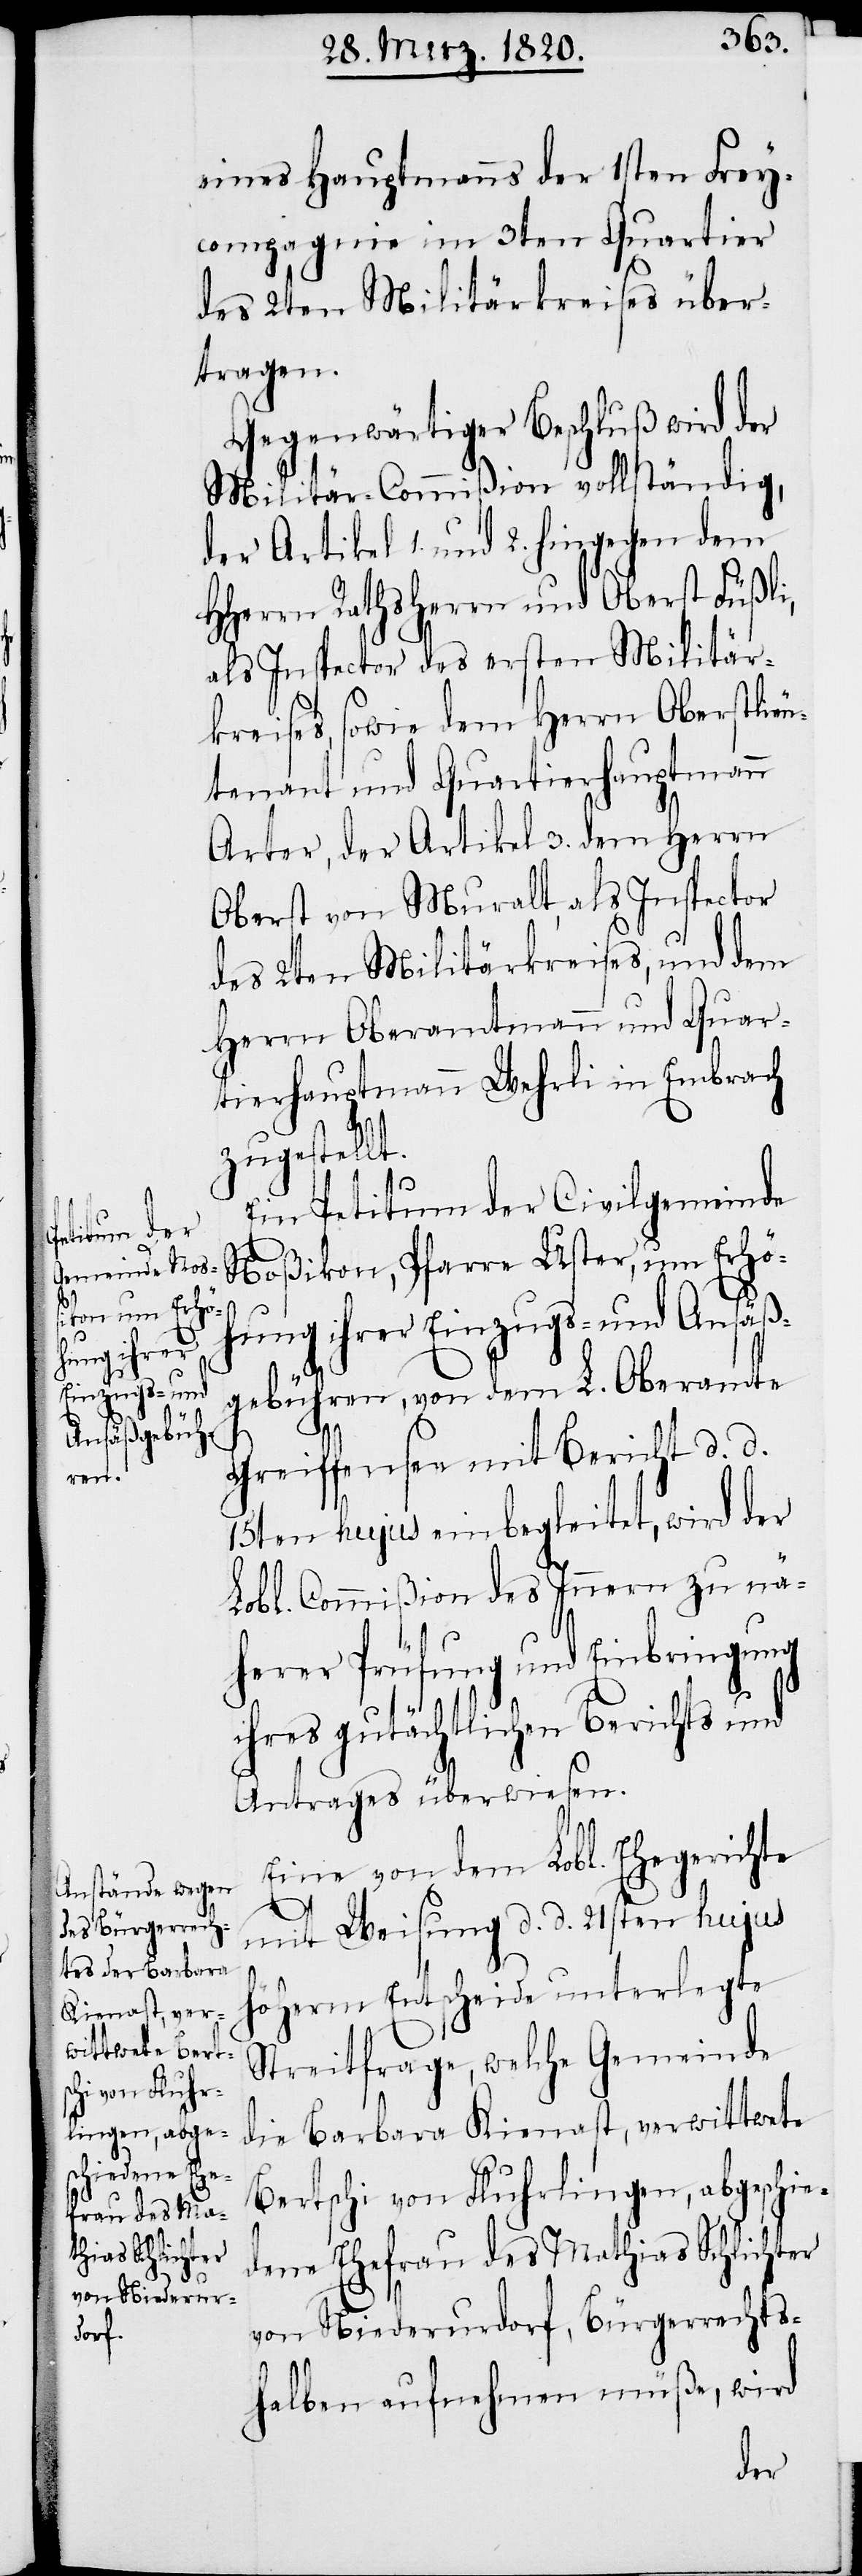
eines Hauptmanns der 1sten Frey¬
compagnie im 3ten Quartier
des 2sten Militärkreises über¬
tragen.
Gegenwärtiger Beschluß wird der
Militär-Commißion vollständig,
der Artikel 1. und 2. hingegen dem
HHerrn Rathsherrn und Oberst Füßli,
als Inspector des ersten Militär¬
kreises, sowie dem Herrn Oberstlieu¬
tenant und Quartierhauptmann
Arter, der Artikel 3. dem Herrn
Oberst von Muralt, als Inspector
des 2ten Militärkreises, und dem
Herrn Oberamtmann und Quar¬
tierhauptmann Wehrli in Embrach
zugestellt.
Ein Petitum der Civilgemeinde
Noßikon, Pfarre Uster, um Erhöh¬
ung ihrer Einzugs- und Ansäß¬
gebühren, von dem L. Oberamte
Greiffensee mit Bericht d. d.
15ten hujus einbegleitet, wird der
Lobl. Commißion des Innern zu nä¬
herer Prüfung und Einbringung
ihres gutächtlichen Berichts und
Antrages überwiesen.
Eine von dem Lobl. Ehegerichte
mit Weisung d. d. 21sten hujus
höherm Entscheide unterlegte
Streitfrage, welche Gemeinde
die Barbara Kiensast, verwittwete
Bertschi von Fluhrlingen, abgeschie¬
dene Ehefrau des Mathias Schlichter
von Niederurdorf, Bürgerrechts¬
halben aufnehmen müße, wird